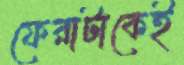
ফেরাটাকেই